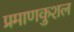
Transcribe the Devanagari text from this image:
प्रमाणकुशल